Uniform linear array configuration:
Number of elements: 32
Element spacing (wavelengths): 0.75
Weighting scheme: hamming
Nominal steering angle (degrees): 15
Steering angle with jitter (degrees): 13.952
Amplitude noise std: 0.05
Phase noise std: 0.05

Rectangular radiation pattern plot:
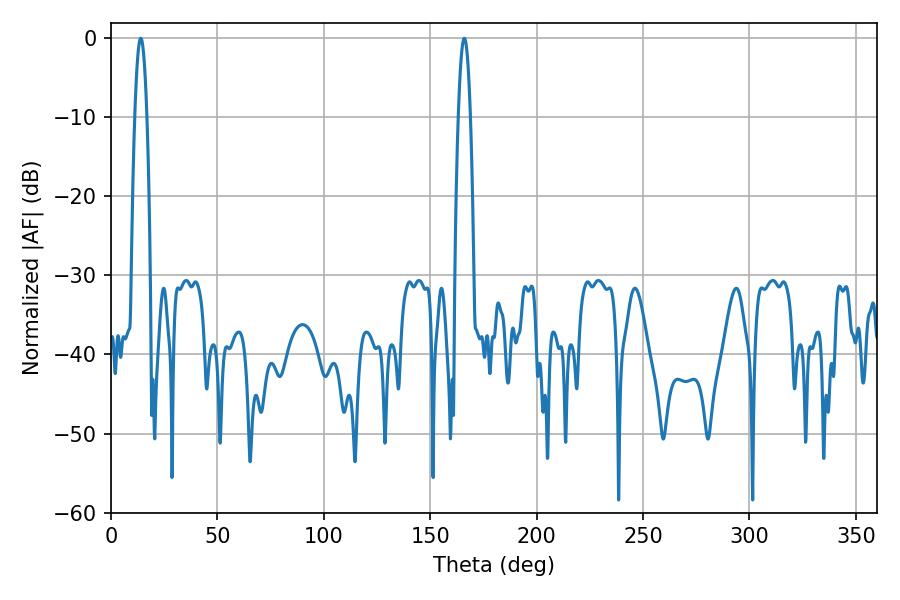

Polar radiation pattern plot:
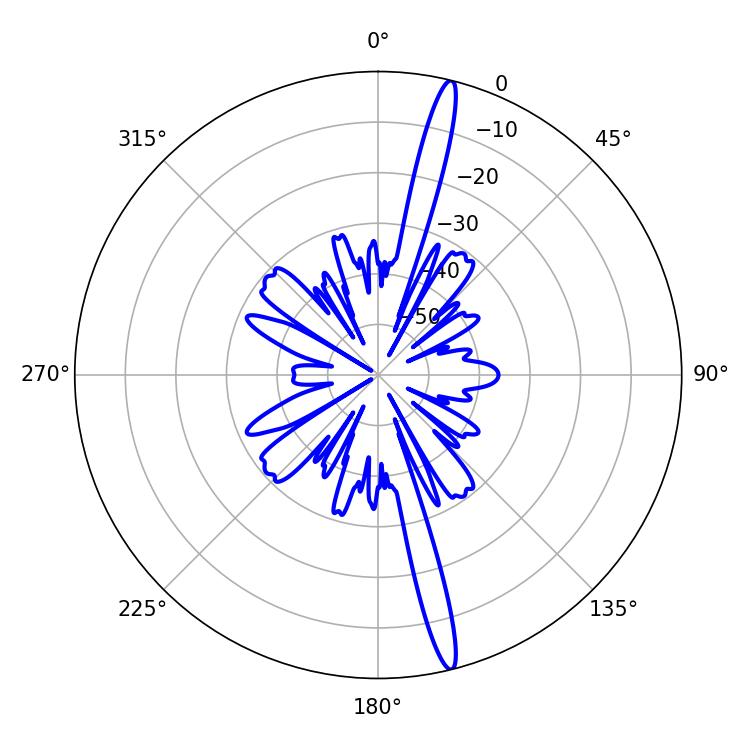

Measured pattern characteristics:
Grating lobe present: TRUE
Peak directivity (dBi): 18.445
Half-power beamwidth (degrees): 3.06
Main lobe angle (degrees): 165.96